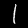
Label: 1